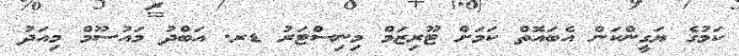
ކަމުގެ ޔަގީންކަން އެބައޮތް ކަމަށް ޓޫރިޒަމް މިނިސްޓަރު ޑރ. އަބްދު މައުސޫމް މިއަދު